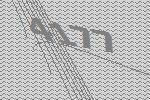
4177